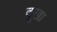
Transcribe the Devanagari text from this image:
दूखा